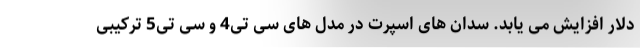
دلار افزایش می یابد. سدان های اسپرت در مدل های سی تی4 و سی تی5 ترکیبی